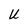
Character: U